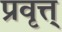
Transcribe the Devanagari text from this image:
प्रवृत्त्